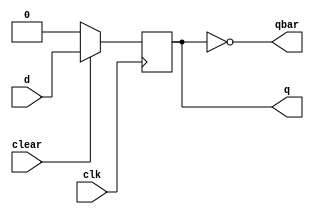
`timescale 1ns / 1ps
//////////////////////////////////////////////////////////////////////////////////
// Company: open-source 
// 
// Design Name: behavioral design
// Module Name: dff
// Project Name: SIPO shift register
// Target Devices: 
// Tool Versions: 2020.2
// Description: positive edge triggered d flip flop
// 
// Dependencies: 
// 
// Revision:
// Revision 0.01 - File Created
// Additional Comments:
// 
//////////////////////////////////////////////////////////////////////////////////


module dff(
    output reg q,
    output wire qbar, 
    input wire d,
    input wire clear,
    input wire clk 
    );

    assign qbar= ~q;

    always @(posedge clk) begin
        if (!clear) q<= 0;      //active low clear
        else q<= d;
    end

endmodule